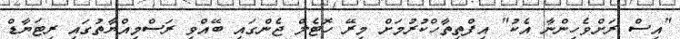
"އިސް ރަށްވެހިންނާ އެކު" އިފްތިތާހްކުރުމަށް މިރޭ ހޮޓެލް ޖެންގައި ބޭއްވި ރަސްމިއްޔާތުގައި ރިޓަޔާޑް